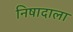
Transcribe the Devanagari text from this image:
निषादाला